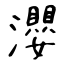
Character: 瀴